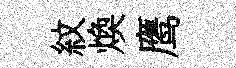
紋煥鹰